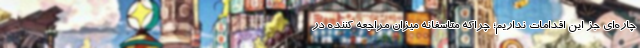
چاره‌ای جز این اقدامات نداریم؛ چراکه متاسفانه میزان مراجعه کننده در